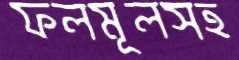
ফলমূলসহ